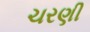
ચરણી